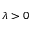
\lambda > 0